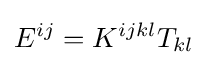
E^{ij}=K^{ijkl}T_{kl}